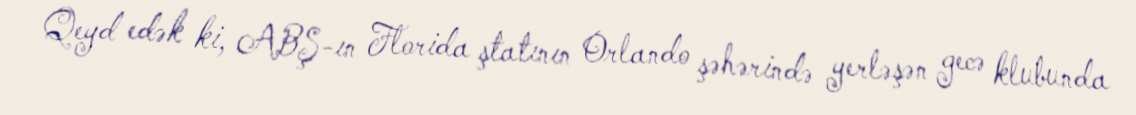
Qeyd edək ki, ABŞ-ın Florida ştatının Orlando şəhərində yerləşən gecə klubunda